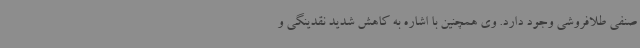
صنفی طلافروشی وجود دارد. وی همچنین با اشاره به کاهش شدید نقدینگی و